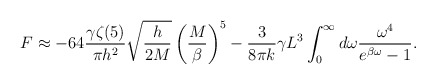
\begin{align*}F \approx - 64 \frac{\gamma \zeta(5)}{\pi h^2} \sqrt{\frac{h}{2M}} \left(\frac{M}{\beta}\right)^5 - \frac{3}{8\pi k} \gamma L^3 \int_{0}^{\infty} d\omega \frac{\omega^4}{e^{\beta \omega} - 1}.\end{align*}